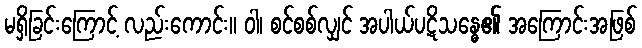
မရှိခြင်းကြောင့် လည်းကောင်း။ ဝါ၊ စင်စစ်လျှင် အပါယ်ပဋိသန္ဓေ၏ အကြောင်းအဖြစ်